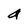
Character: a